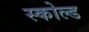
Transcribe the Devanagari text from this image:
स्कोल्ड